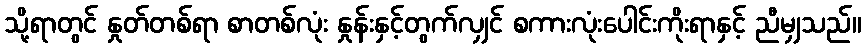
သို့ရာတွင် နှုတ်တစ်ရာ စာတစ်လုံး နှုန်းနှင့်တွက်လျှင် စကားလုံးပေါင်းကိုးရာနှင့် ညီမျှသည်။